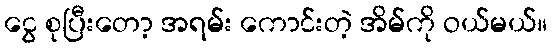
ငွေ စုပြီးတော့ အရမ်း ကောင်းတဲ့ အိမ်ကို ဝယ်မယ်။